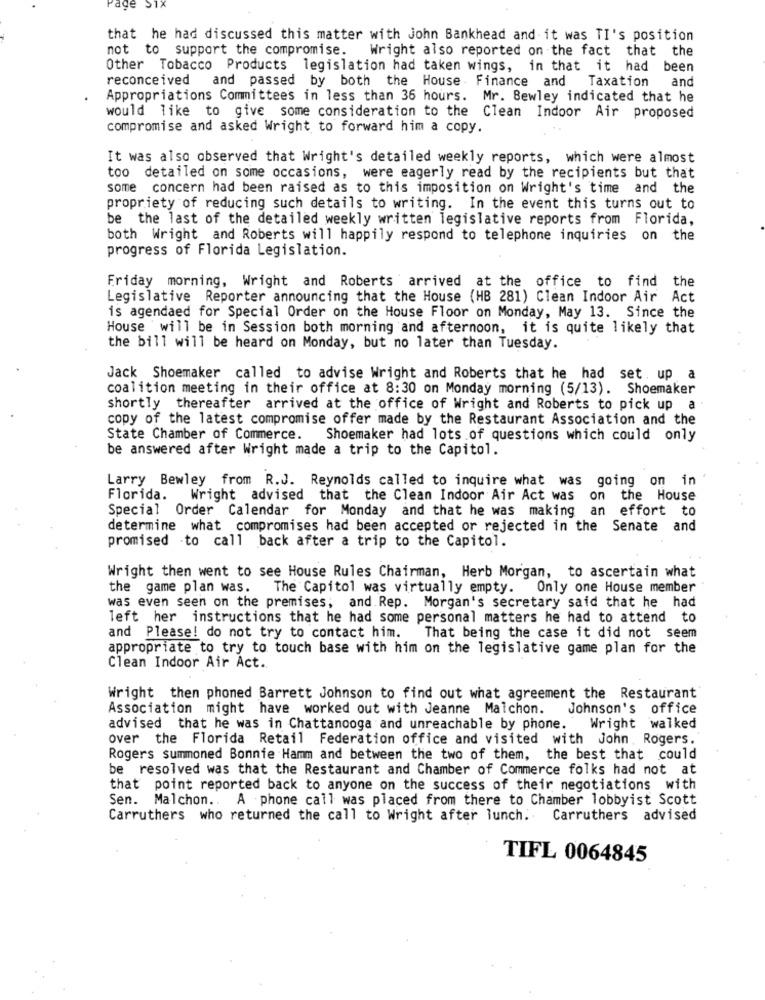
age S1x
that he had discussed this matter with John Bankhead and it was TI's position
not to support the compromise.
Wright also reported on the fact that the
Other Tobacco Products legislation had taken wings, in that it had been
reconceived
and passed by both the House - Finance and
Taxation and
Appropriations Committees in less than 36 hours. Mr. Bewley indicated that he
would like to give some consideration to the Clean Indoor Air proposed
compromise and asked Wright to forward him a copy.
It was also observed that Wright's detailed weekly reports, which were almost
too detailed on some occasions, were eagerly read by the recipients but that
some concern had been raised as to this imposition on Wright's time and the
propriety of reducing such details to writing. In the event this turns out to
be the last of the detailed weekly written legislative reports from Florida,
both Wright and Roberts will happily respond to telephone inquiries on the
progress of Florida Legislation.
Friday morning, Wright and Roberts arrived at the office to find the
Legislative Reporter announcing that the House (HB 281) Clean Indoor Air Act
is agendaed for Special Order on the House Floor on Monday, May 13. Since the
House will be in Session both morning and afternoon, it is quite likely that
the bill will be heard on Monday, but no later than Tuesday.
Jack Shoemaker called to advise Wright and Roberts that he had set. up a
coalition meeting in their office at 8:30 on Monday morning (5/13). Shoemaker
shortly thereafter arrived at the office of Wright and Roberts to pick up a
copy of the latest compromise offer made by the Restaurant Association and the
State Chamber of Commerce. Shoemaker had lots of questions which could only
be answered after Wright made a trip to the Capitol.
Larry Bewley from R.J. Reynolds called to inquire what was going on in
Florida. Wright advised that the Clean Indoor Air Act was on the House
Special Order Calendar for Monday and that he was making an effort to
determine what compromises had been accepted or rejected in the Senate and
promised to call back after a trip to the Capitol.
Wright then went to see House Rules Chairman, Herb Morgan, to ascertain what
the game plan was.
The Capitol was virtually empty.
Only one House member
was even seen on the premises, and. Rep. Morgan's secretary said that he had
left her instructions that he had some personal matters he had to attend to
and Please! do not try to contact him.
That being the case it did not seem
appropriate to try to touch base with him on the legislative game plan for the
Clean Indoor Air Act.
Wright then phoned Barrett Johnson to find out what agreement the Restaurant
Association might have worked out with Jeanne Malchon.
Johnson's office
advised that he was in Chattanooga and unreachable by phone. Wright walked
over the Florida Retail Federation office and visited with John , Rogers.
Rogers summoned Bonnie Hamm and between the two of them, the best that could
be resolved was that the Restaurant and Chamber of Commerce folks had not at
that point reported back to anyone on the success of their negotiations with
Sen. Malchon .. A phone call was placed from there to Chamber lobbyist Scott
Carruthers who returned the call to Wright after lunch. Carruthers advised
TIFL 0064845